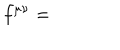
f ^ { \mu \nu } =